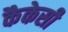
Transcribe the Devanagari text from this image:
कैकेसी